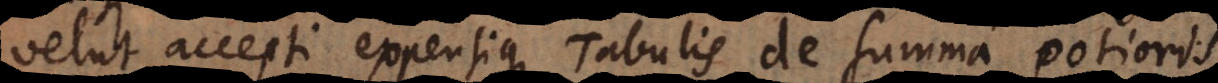
velut accepti expensique Tabulis de summa potioris